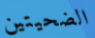
الضحيتين